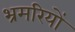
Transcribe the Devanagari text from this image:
भ्रमरियों